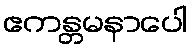
ဧကန္တမနာပေါ